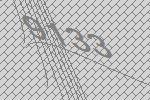
9133